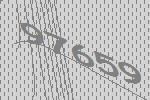
97659